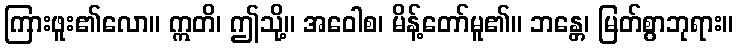
ကြားဖူး၏လော။ ဣတိ၊ ဤသို့။ အဝေါစ၊ မိန့်တော်မူ၏။ ဘန္တေ၊ မြတ်စွာဘုရား။